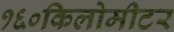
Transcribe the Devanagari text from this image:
१६०किलोमीटर